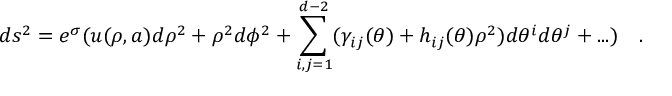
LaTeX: d s ^ { 2 } = e ^ { \sigma } ( u ( \rho , a ) d \rho ^ { 2 } + \rho ^ { 2 } d \phi ^ { 2 } + \sum _ { i , j = 1 } ^ { d - 2 } ( \gamma _ { i j } ( \theta ) + h _ { i j } ( \theta ) \rho ^ { 2 } ) d \theta ^ { i } d \theta ^ { j } + . . . ) ~ ~ ~ .